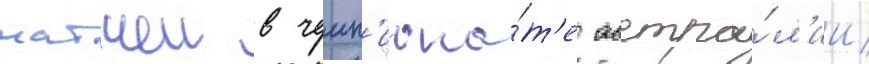
матчеи в чемп'иона́т'е австра́л'ии